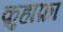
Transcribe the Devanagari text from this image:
क़ुहाफ़ा